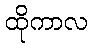
ထိုကာလ